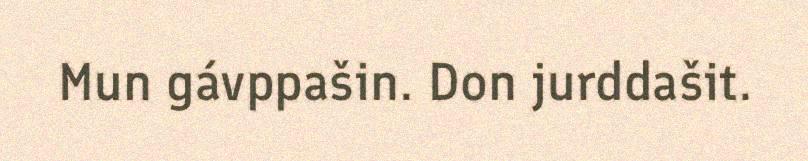
Mun gávppašin. Don jurddašit.